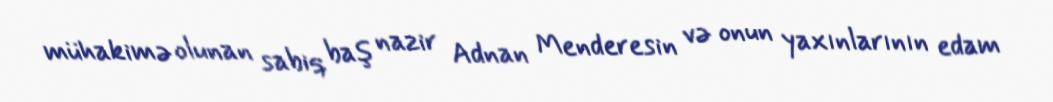
mühakimə olunan sabiq baş nazir Adnan Menderesin və onun yaxınlarının edam